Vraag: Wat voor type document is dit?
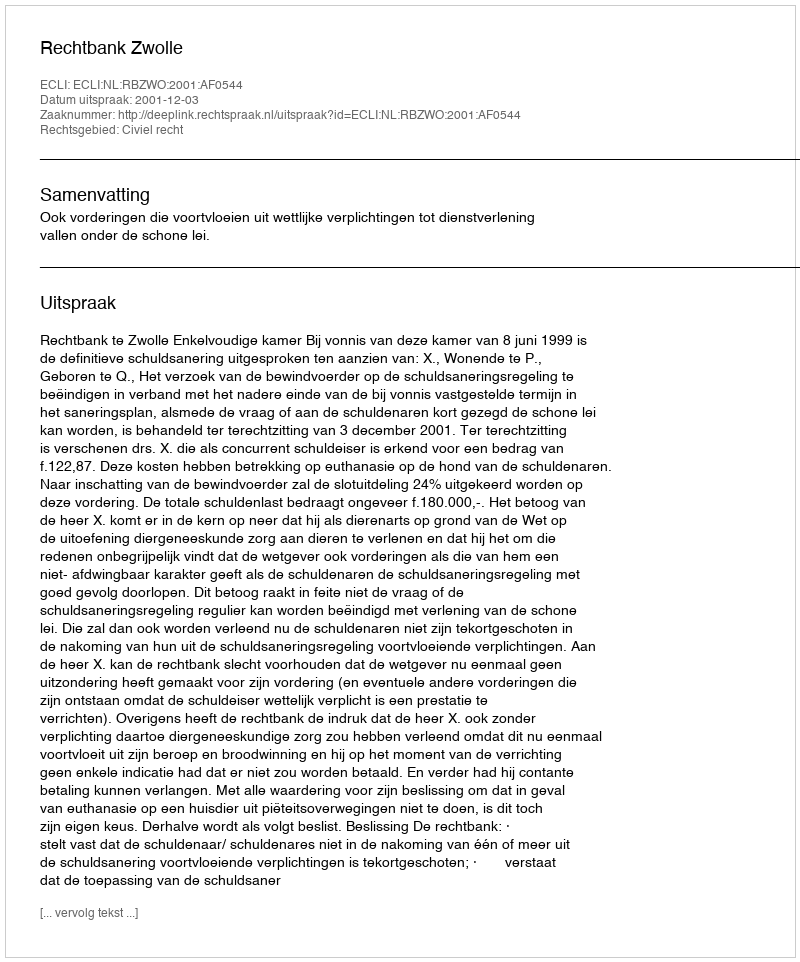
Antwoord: Uitspraak